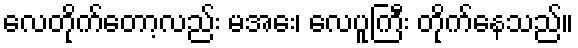
လေတိုက်တော့လည်း မအေး၊ လေပူကြီး တိုက်နေသည်။